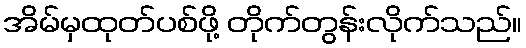
အိမ်မှထုတ်ပစ်ဖို့ တိုက်တွန်းလိုက်သည်။